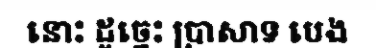
នោះ ដូច្នេះ ប្រាសាទ បេង